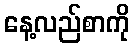
နေ့လည်စာကို